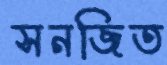
সনজিত